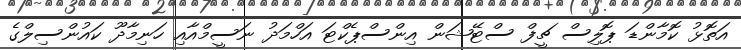
އަތޮޅު ކޮމާންޑަ ޕޮލިސް ޗީފް ސްޓޭޝަން އިންސްޕެކްޓަ އަހްމަދު ނަސީމްއާއި ހަނިމާދޫ ކައުންސިލްގެ